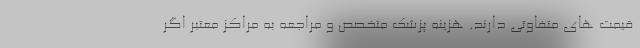
قیمت های متفاوتی دارند. هزینه پزشک متخصص و مراجعه به مراکز معتبر اگر